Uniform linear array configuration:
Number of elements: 16
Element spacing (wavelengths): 0.25
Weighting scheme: hamming
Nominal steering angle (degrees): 60
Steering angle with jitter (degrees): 61.127
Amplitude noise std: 0.05
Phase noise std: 0.05

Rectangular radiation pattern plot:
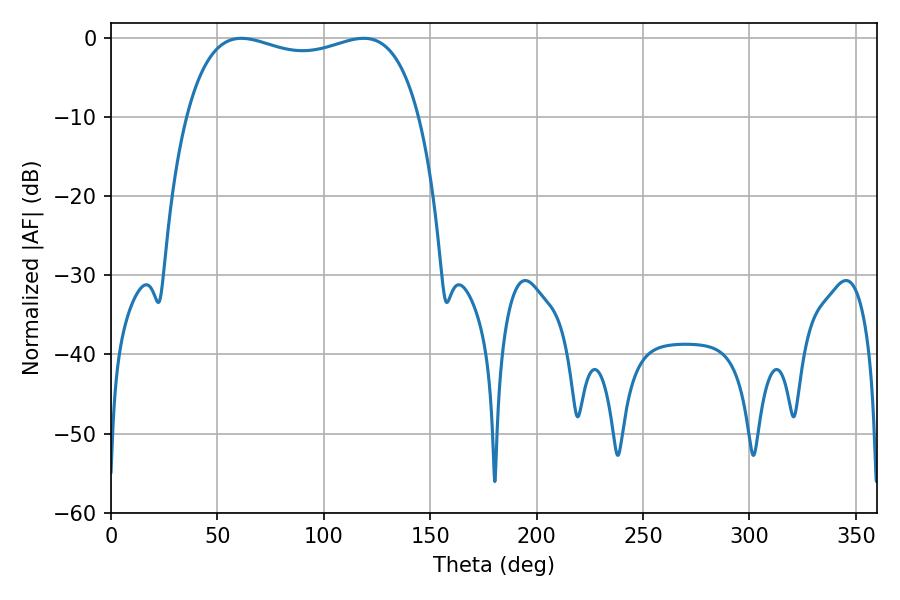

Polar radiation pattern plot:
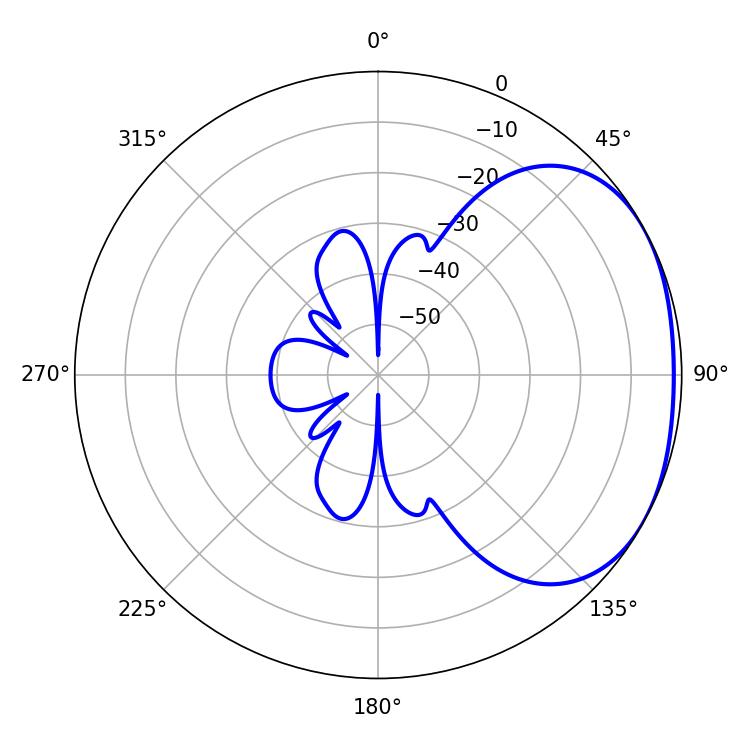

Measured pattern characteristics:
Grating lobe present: FALSE
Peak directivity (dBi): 2.073
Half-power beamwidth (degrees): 89.64
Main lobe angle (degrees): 61.2